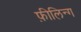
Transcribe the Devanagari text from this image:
फ़ीलिन्ग